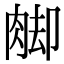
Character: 𦛶